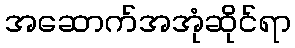
အဆောက်အအုံဆိုင်ရာ